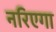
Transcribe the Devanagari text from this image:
नरिएगा